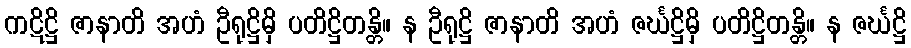
ကဋိဋ္ဌိ ဇာနာတိ အဟံ ဦရုဋ္ဌိမှိ ပတိဋ္ဌိတန္တိ။ န ဦရုဋ္ဌိ ဇာနာတိ အဟံ ဇင်္ဃဋ္ဌိမှိ ပတိဋ္ဌိတန္တိ။ န ဇင်္ဃဋ္ဌိ